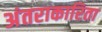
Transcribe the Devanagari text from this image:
अंतराकारिता